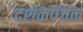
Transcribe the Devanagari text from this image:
दशकपंचक